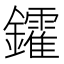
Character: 𨯟